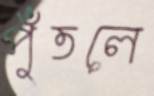
পুঁতলে